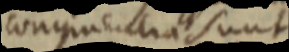
congruentia sunt